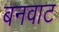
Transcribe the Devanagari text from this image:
बनवाट